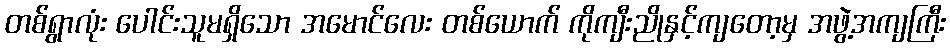
တစ်ရွာလုံး ပေါင်းသူမရှိသော အမောင်လေး တစ်ယောက် ကိုကျီးညိုနှင့်ကျတော့မှ အဖွဲ့အကျကြီး